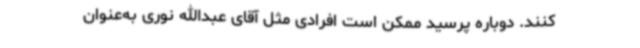
کنند. دوباره پرسید ممکن است افرادی مثل آقای عبدالله نوری به‌عنوان